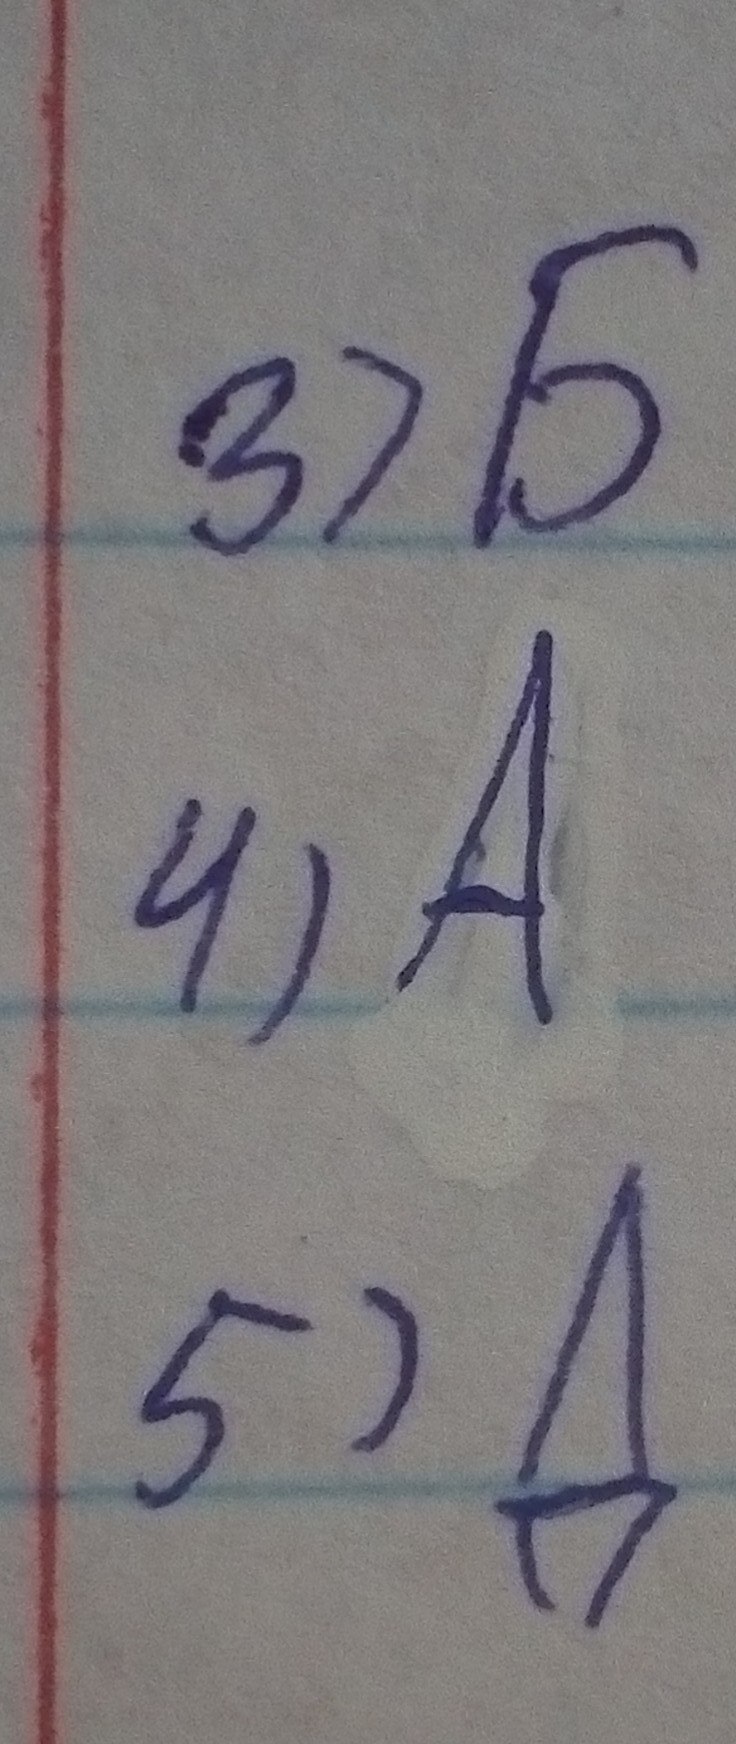
3) Б
4) A
5) Д